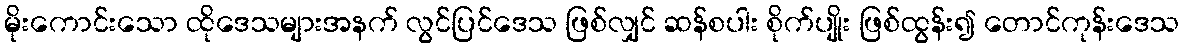
မိုးကောင်းသော ထိုဒေသများအနက် လွင်ပြင်ဒေသ ဖြစ်လျှင် ဆန်စပါး စိုက်ပျိုး ဖြစ်ထွန်း၍ တောင်ကုန်းဒေသ